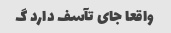
واقعا جای تآسف دارد گ